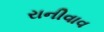
રાનીવાવ